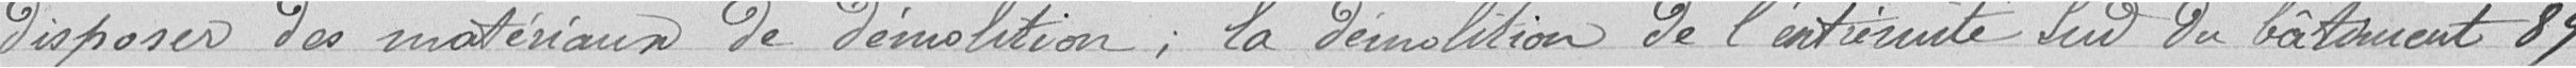
disposer des matériaux de démolition ; la démolition de l'extrémité sud du bâtiment 89